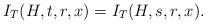
LaTeX: \begin{align*}I_T(H,t,r,x)=I_T(H,s,r,x).\end{align*}